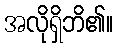
အလိုရှိဘိ၏။